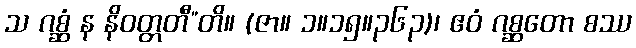
သ ဂစ္ဆံ န နိဝတ္တတီ”တိ။ (ဇာ။ ၁။၁၅။၃၆၃)၊ ဧဝံ ဂစ္ဆတော စဿ